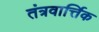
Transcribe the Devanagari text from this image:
तंत्रवार्त्तिक